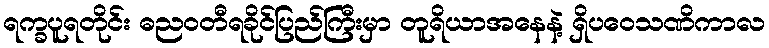
ရက္ခပူရတိုင်း ဓညဝတီရခိုင်ပြည်ကြီးမှာ တူရိယာအနေနဲ့ ရှိပဝေသဏိကာလ